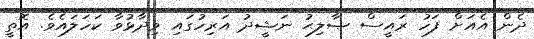
ދެން އެއަށް ފަހު ރައީސް ޞާލިޙު ނަޝީދު އަރިހުގައި ވިދާޅުވާ ކަހަލައެވެ. އޮތީ